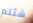
شئتم